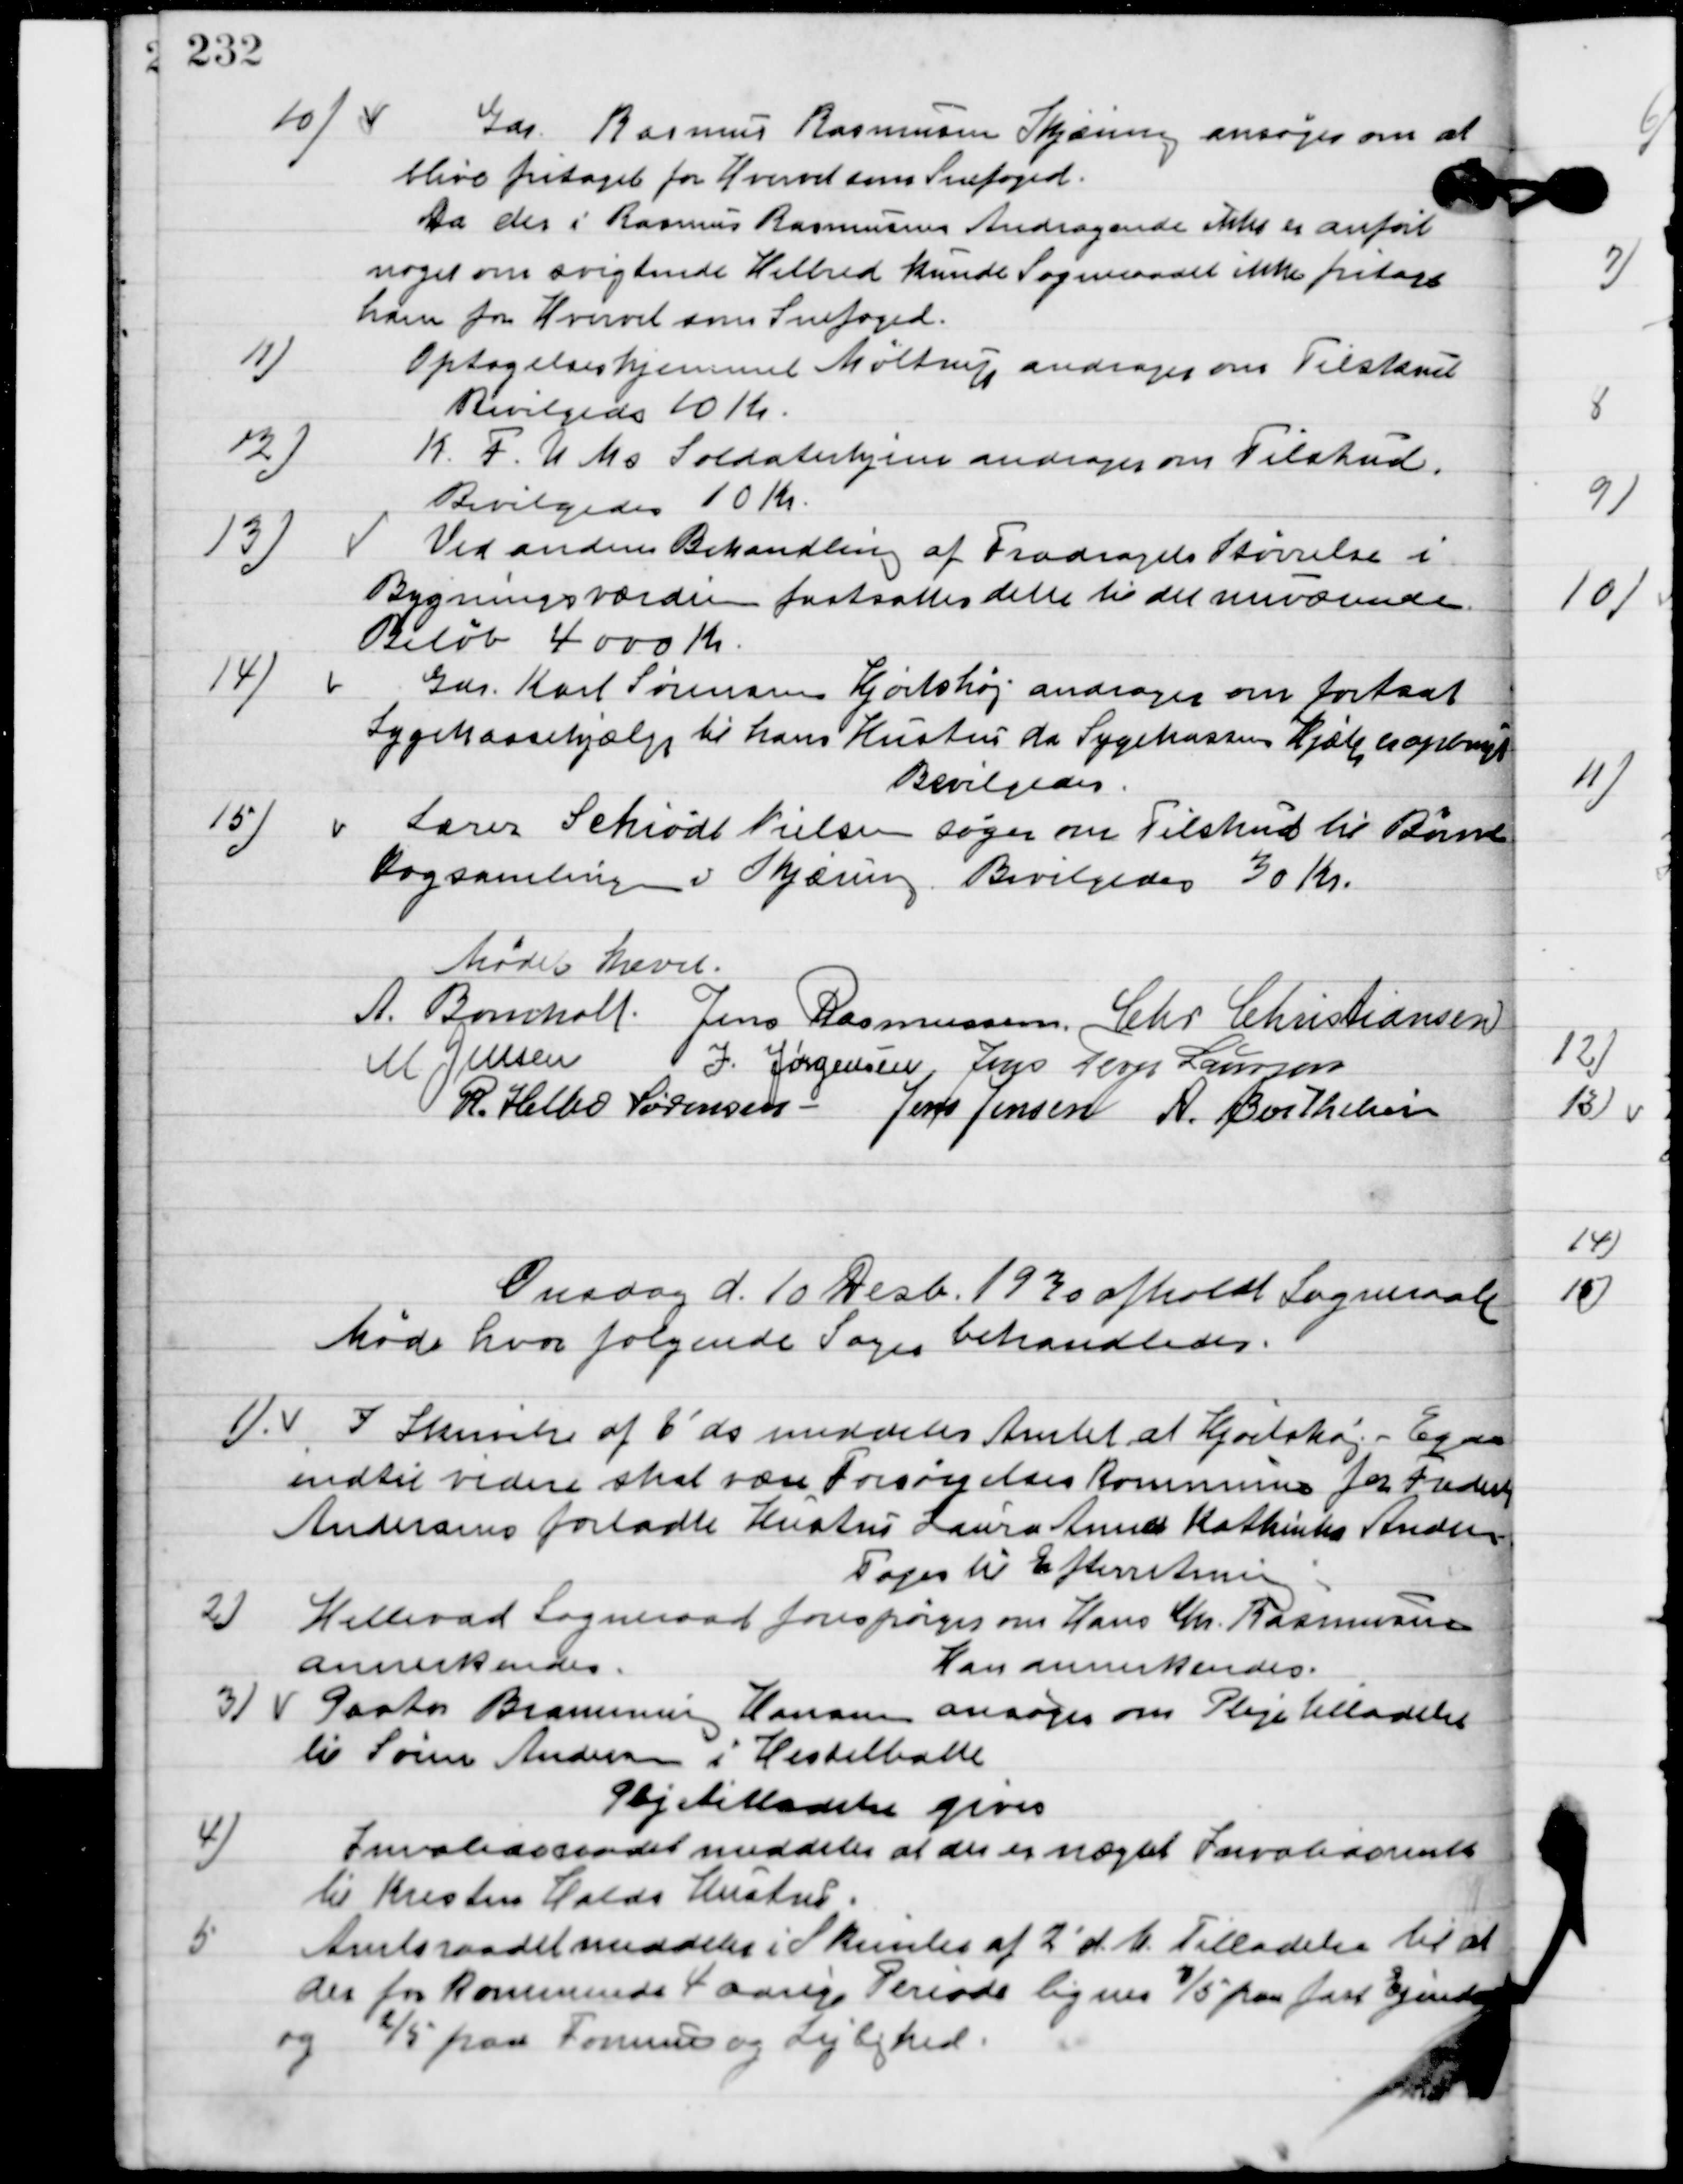
Transskription:
10

Gdr. Rasmus Rasmussen Skjæring ansøger om at
blive fritaget for Hvervet som Snefoged.
Da der i Rasmus Rasmussens Andragende ikke er anført
noget om svigtende Helbred kunde Sogneraade ikke fritage
ham fra Hvervet som Snefoged.

11

Optagelseshjemmet Møltrup andrager om Tilskud
Bevilgedes 10 Kr.

12

K.F.U.M.´s Soldaterhjem andrager om Tilskud.
Bevilgedes 10 Kr.

13

Ved anden Behandling af Fradragels Skrivelse i
Bygningsværdien fastsattes dette til de nuværende
Beløb 4000 Kr.

14

Gdr. Karl Sørensen Hjortshøj andrager om fortsat
Sygekassehjælp til hans hustru da sygekassen hjælp er opbrugt.
Bevilgedes.

15

Lærer Schiødt Nielsen søger om tilskud til Børne-
bogsamlingen i Skjæring.
Bevilgedes 30 Kr.

Mødet hævet.

A. Bomholt
Jens Rasmussen
Chr. Christiansen
M. Jensen
I. Jørgensen
Jens Terp Laursen
R. Helbo Sørensen
Jens Jensen
A. Berthelsen

Onsdag d. 10. Desb. 1930 afholdt Sogneraadet
 Møde hvor følgende sager behandledes.

1

I Skrivelse af 6´ ds meddeler Amtet at Hjortshøj-Egaa
indtil videre skal være forsørgelses Kommune for Frederik
Andreasen forladte hustru Laura Anna Kathinkas Andersen.
Toges til Efterretning.

2

Hellevad Sogneraad forespørger om Hans Chr. Rasmussen
annerkendes.
Han annerkendes.

3

Pastor Bramminge Hansen ansøger om Plejetilladelse
til Søren Andersen i Hesselballe.
Plejetilladelse gives.

4

Invalideraadet meddeler at der er nægtet Invaliderente
til Kristen Halds Hustru.

5

Amtsraadet meddeler i Skrivelse af 2. ´d. M. Tilladelse til at
der for kommende 4 årige Periode lignes 3/5 paa fast Ejendom
og 2/5 paa Formue og Lejlighed.